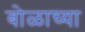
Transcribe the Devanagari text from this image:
बोळाच्या